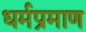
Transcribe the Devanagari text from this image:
धर्मप्रमाण